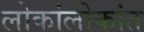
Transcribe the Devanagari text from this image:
लोकांलोकांत